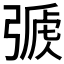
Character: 𢐏